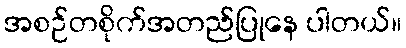
အစဉ်တစိုက်အတည်ပြုနေ ပါတယ်။